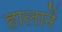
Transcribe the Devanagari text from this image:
हालानें